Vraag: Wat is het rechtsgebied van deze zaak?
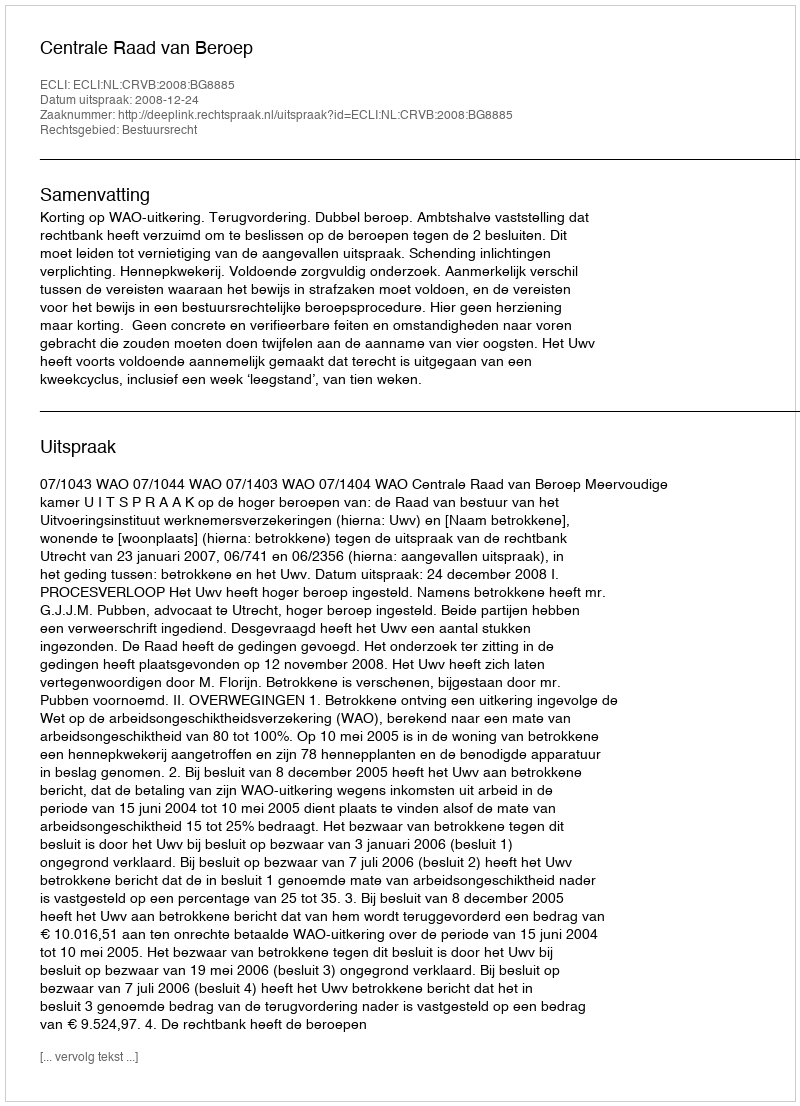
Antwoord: Bestuursrecht